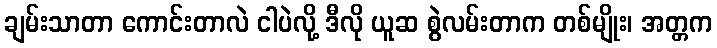
ချမ်းသာတာ ကောင်းတာလဲ ငါပဲလို့ ဒီလို ယူဆ စွဲလမ်းတာက တစ်မျိုး၊ အတ္တက